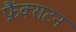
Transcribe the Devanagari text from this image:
फ्रैंक्सटन